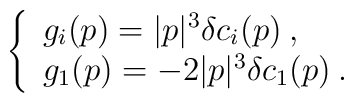
\left\{ \begin{array}{l}g_{i}(p)=|p|^{3}\delta c_{i}(p)\: ,\\g_{1}(p)=-2|p|^{3}\delta c_{1}(p)\: .\end{array}\right.